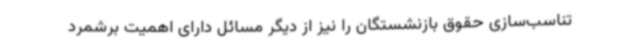
تناسب‌سازی حقوق بازنشستگان را نیز از دیگر مسائل دارای اهمیت برشمرد